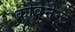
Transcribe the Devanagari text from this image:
कोवेनेन्ट